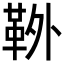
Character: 𩊃